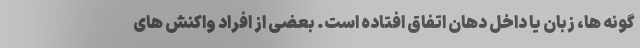
گونه ها، زبان یا داخل دهان اتفاق افتاده است. بعضی از افراد واکنش های